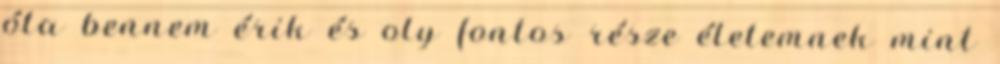
óta bennem érik és oly fontos része életemnek mint